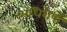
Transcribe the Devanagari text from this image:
अधिशेषों